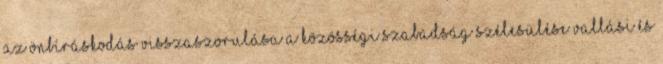
az önbíráskodás visszaszorulása A közösségi szabadság szélesülése vallási és